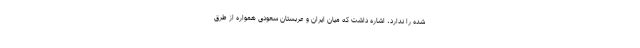
شده را ندارد، اشاره داشت که میان ایران و عربستان سعودی همواره از طرق